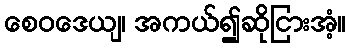
စေဝဒေယျ၊ အကယ်၍ဆိုငြားအံ့။